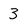
Character: 3